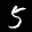
Label: 5